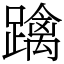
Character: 𨆓